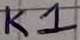
Text: K1